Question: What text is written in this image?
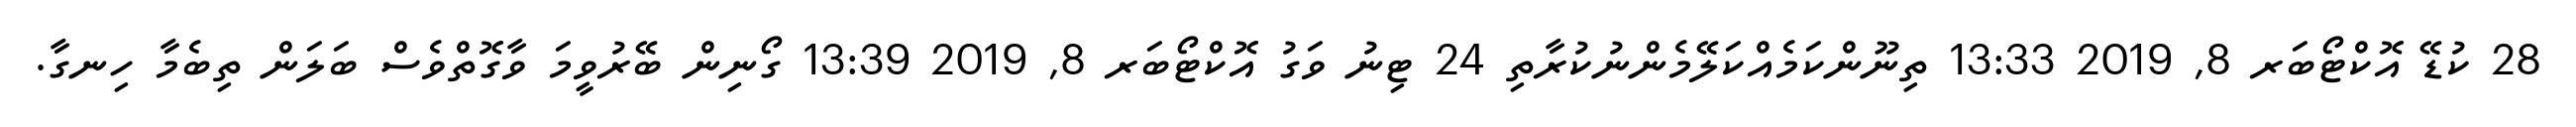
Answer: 28 ކުޑޭ އޮކްޓޯބަރ 8, 2019 13:33 ތިނޫންކަމެއްކަލޭމެންނުކުރާތި 24 ޓިނު ވަގު އޮކްޓޯބަރ 8, 2019 13:39 ގޯނިން ބޭރުވީމަ ވާގޮތްވެސް ބަލަން ތިބެމާ ހިނގާ.